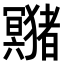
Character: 𤣘